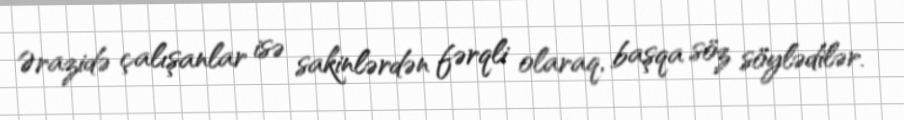
Ərazidə çalışanlar isə sakinlərdən fərqli olaraq, başqa söz söylədilər.